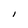
Character: I